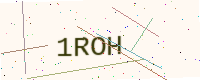
Text: 1ROH